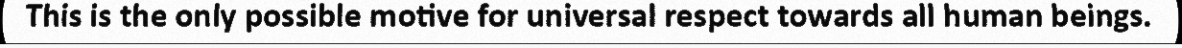
This is the only possible motive for universal respect towards all human beings.